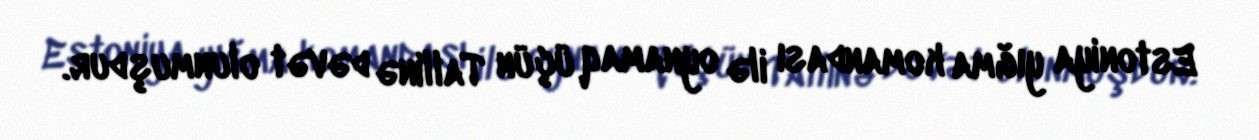
Estoniya yığma komandası ilə oynamaq üçün Tallinə dəvət olunmuşdur.